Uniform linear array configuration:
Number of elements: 4
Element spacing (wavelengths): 1
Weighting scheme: blackman
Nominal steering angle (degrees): -15
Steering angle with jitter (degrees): -14.557
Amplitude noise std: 0.05
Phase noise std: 0.05

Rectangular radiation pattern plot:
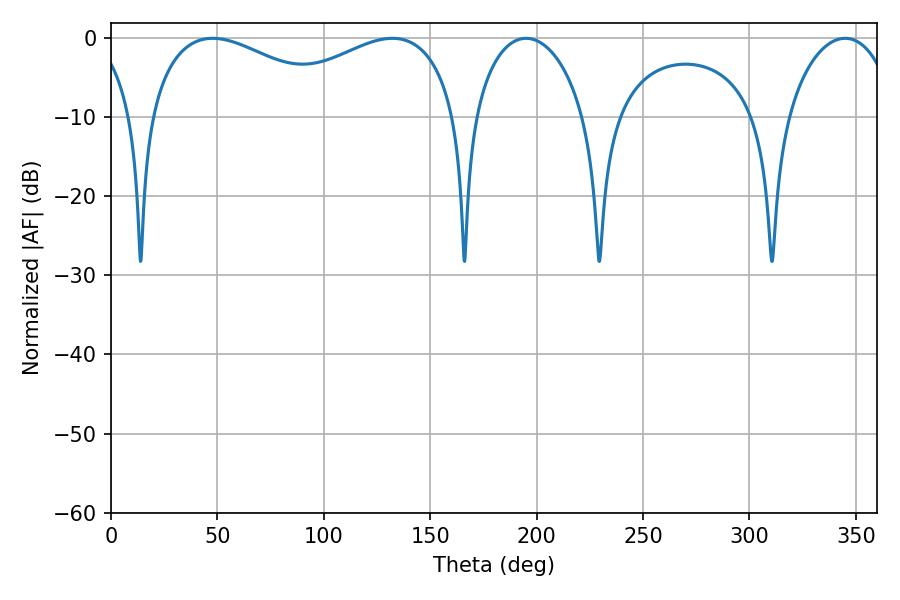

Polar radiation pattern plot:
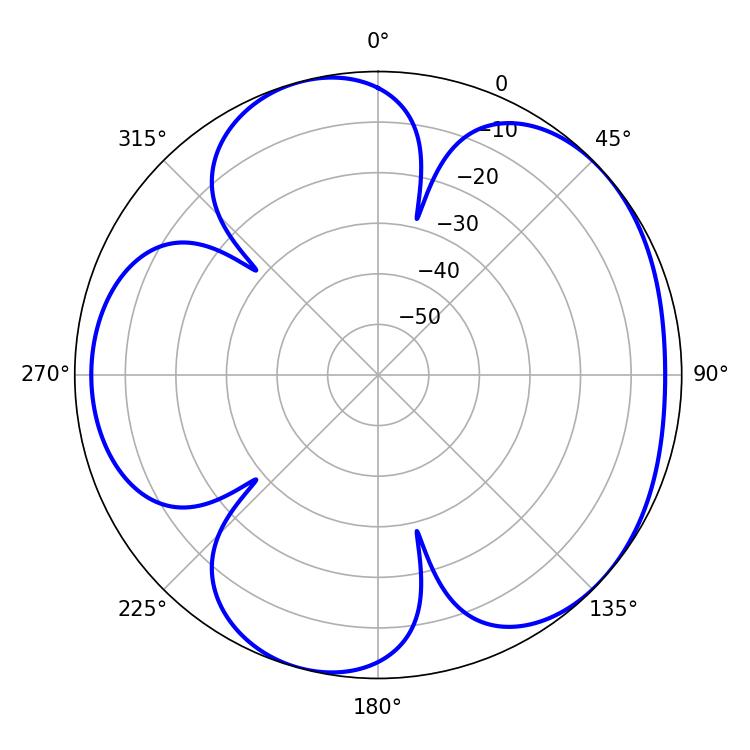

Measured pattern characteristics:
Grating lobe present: TRUE
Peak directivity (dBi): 4.782
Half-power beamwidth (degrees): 52.56
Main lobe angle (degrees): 47.7